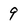
Character: 9